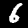
Label: 6